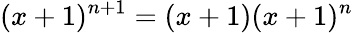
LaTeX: (x+1)^{n+1}=(x+1)(x+1)^{n}